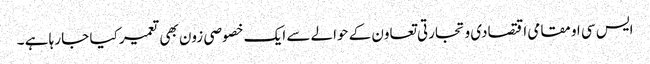
ایس سی او مقامی اقتصادی و تجارتی تعاون کے حوالے سے ایک خصوصی زون بھی تعمیر کیا جا رہا ہے ۔